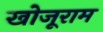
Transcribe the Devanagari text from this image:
खोजूराम